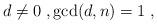
LaTeX: \begin{align*}d \ne 0 \;, \gcd(d,n) = 1 \;,\end{align*}